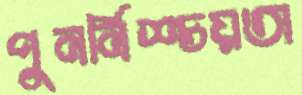
পুনর্নিশ্চয়তা